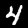
Label: 4